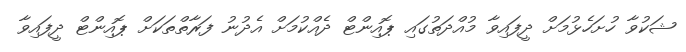
ޝަކުވާ ހުށަހެޅުމަށް ދީފައިވާ މުއްދަތުގައި ޕޮއިންޓް ދެއްކުމަށް އެދުނު ފަރާތްތަކަށް ޕޮއިންޓް ދީފައިވާ